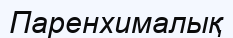
Паренхималық